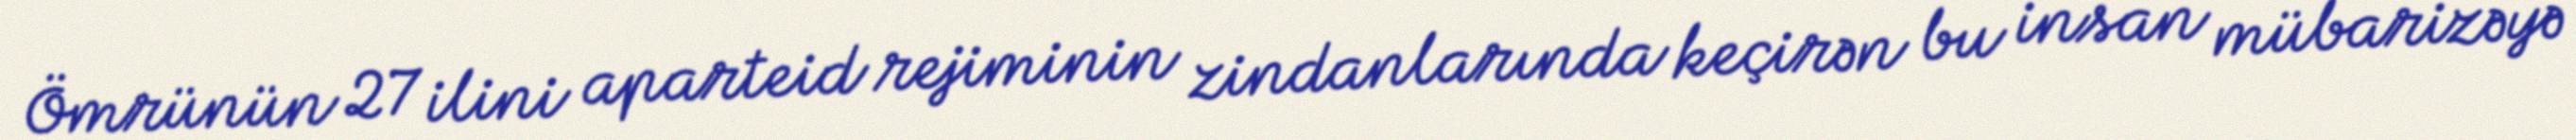
Ömrünün 27 ilini aparteid rejiminin zindanlarında keçirən bu insan mübarizəyə